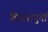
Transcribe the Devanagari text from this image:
विजयादुर्गा